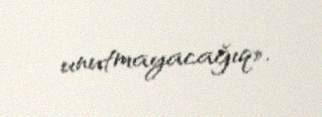
unutmayacağıq».